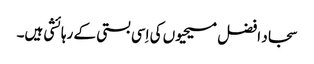
سجاد افضل مسیحیوں کی اِسی بستی کے رہائشی ہیں۔